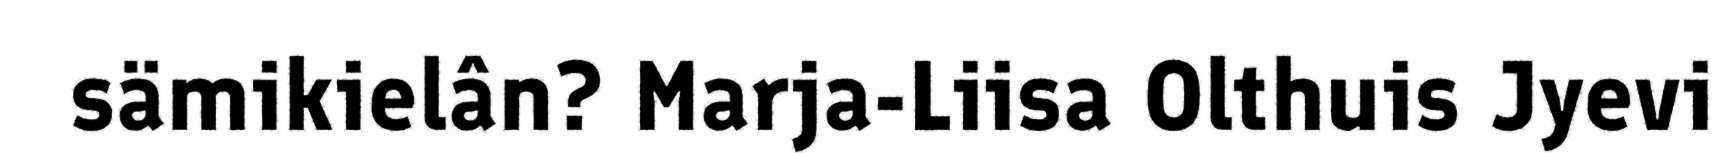
sämikielân? Marja-Liisa Olthuis Jyevi